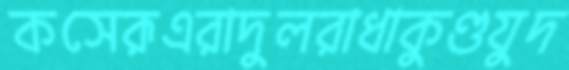
কসেরূএরাদুলরাধাকুণ্ডযুদ